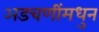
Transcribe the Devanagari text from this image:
अडचणींमधुन